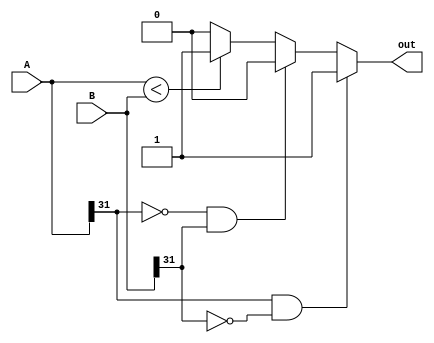
module less_than_comparator(
    input [31:0] A,
    input [31:0] B,
    output reg out
);

always @ (A, B) begin
    if (A[31] == 1 && B[31] == 0) begin
        out <= 1;
    end else if (A[31] == 0 && B[31] == 1) begin
        out <= 0;
    end else begin
        if (A < B) begin
            out <= 1;
        end else begin
            out <= 0;
        end
    end
end

endmodule